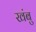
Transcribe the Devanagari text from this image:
खंबु